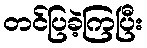
တင်ပြခဲ့ကြပြီး